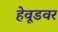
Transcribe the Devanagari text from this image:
हेवूडवर